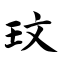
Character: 玟